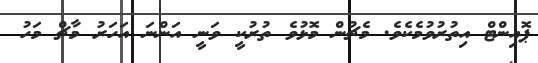
ޕޮއިންޓް އިތުރުވުމެކެވެ. މެޗުން މޮޅުވެ ތުރުކީ ވަނީ އަންނަ އަހަރު މާޗް މަހު